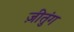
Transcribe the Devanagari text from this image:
ज़ीतुंग